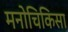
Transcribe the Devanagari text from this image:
मनोचिकिसा